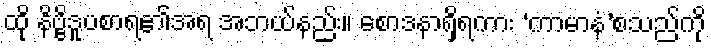
ထို နိဗ္ဗိဒူပစာရ၏အရ အဘယ်နည်း။ စောဒနာရှိရကား ‘ကာမာနံ’စသည်ကို